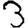
Digit: 3